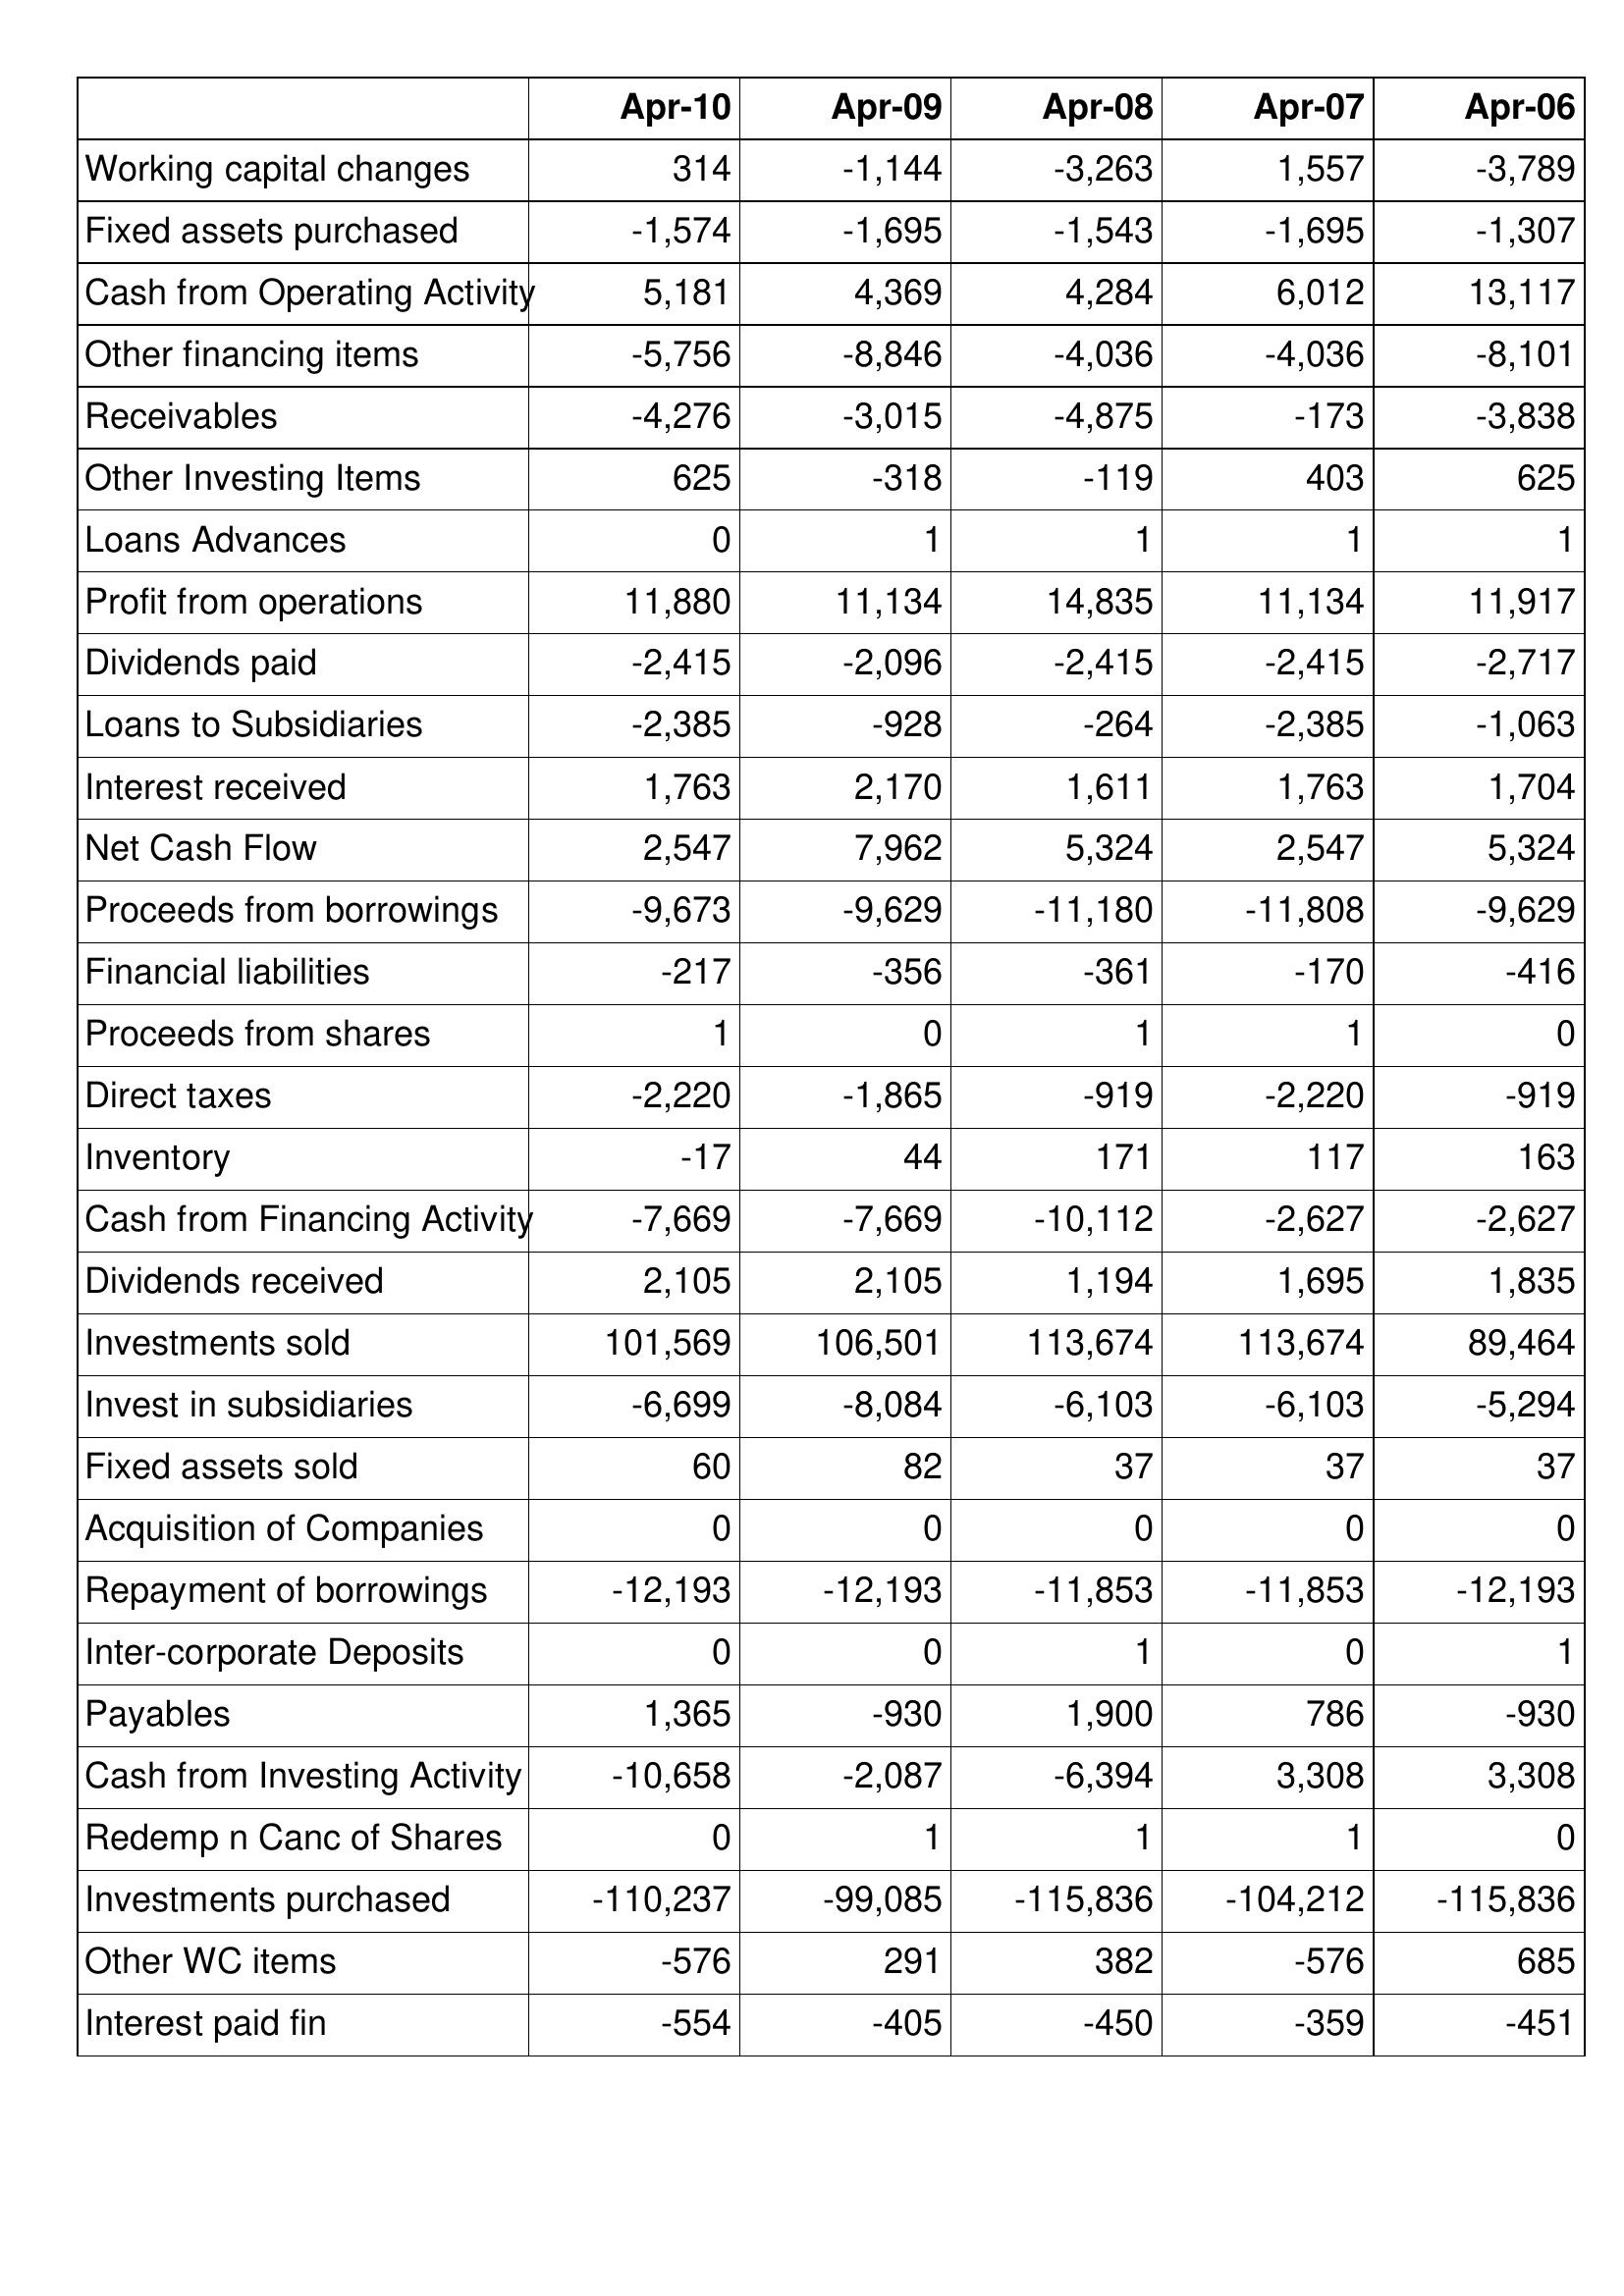
Apr-10: Cash Flows: Working capital changes: 314
Fixed assets purchased: -1,574
Cash from Operating Activity: 5,181
Other financing items: -5,756
Receivables: -4,276
Other Investing Items: 625
Loans Advances: 0
Profit from operations: 11,880
Dividends paid: -2,415
Loans to Subsidiaries: -2,385
Interest received: 1,763
Net Cash Flow: 2,547
Proceeds from borrowings: -9,673
Financial liabilities: -217
Proceeds from shares: 1
Direct taxes: -2,220
Inventory: -17
Cash from Financing Activity: -7,669
Dividends received: 2,105
Investments sold: 101,569
Invest in subsidiaries: -6,699
Fixed assets sold: 60
Acquisition of Companies: 0
Repayment of borrowings: -12,193
Inter-corporate Deposits: 0
Payables: 1,365
Cash from Investing Activity: -10,658
Redemp n Canc of Shares: 0
Investments purchased: -110,237
Other WC items: -576
Interest paid fin: -554
Apr-09: Cash Flows: Working capital changes: -1,144
Fixed assets purchased: -1,695
Cash from Operating Activity: 4,369
Other financing items: -8,846
Receivables: -3,015
Other Investing Items: -318
Loans Advances: 1
Profit from operations: 11,134
Dividends paid: -2,096
Loans to Subsidiaries: -928
Interest received: 2,170
Net Cash Flow: 7,962
Proceeds from borrowings: -9,629
Financial liabilities: -356
Proceeds from shares: 0
Direct taxes: -1,865
Inventory: 44
Cash from Financing Activity: -7,669
Dividends received: 2,105
Investments sold: 106,501
Invest in subsidiaries: -8,084
Fixed assets sold: 82
Acquisition of Companies: 0
Repayment of borrowings: -12,193
Inter-corporate Deposits: 0
Payables: -930
Cash from Investing Activity: -2,087
Redemp n Canc of Shares: 1
Investments purchased: -99,085
Other WC items: 291
Interest paid fin: -405
Apr-08: Cash Flows: Working capital changes: -3,263
Fixed assets purchased: -1,543
Cash from Operating Activity: 4,284
Other financing items: -4,036
Receivables: -4,875
Other Investing Items: -119
Loans Advances: 1
Profit from operations: 14,835
Dividends paid: -2,415
Loans to Subsidiaries: -264
Interest received: 1,611
Net Cash Flow: 5,324
Proceeds from borrowings: -11,180
Financial liabilities: -361
Proceeds from shares: 1
Direct taxes: -919
Inventory: 171
Cash from Financing Activity: -10,112
Dividends received: 1,194
Investments sold: 113,674
Invest in subsidiaries: -6,103
Fixed assets sold: 37
Acquisition of Companies: 0
Repayment of borrowings: -11,853
Inter-corporate Deposits: 1
Payables: 1,900
Cash from Investing Activity: -6,394
Redemp n Canc of Shares: 1
Investments purchased: -115,836
Other WC items: 382
Interest paid fin: -450
Apr-07: Cash Flows: Working capital changes: 1,557
Fixed assets purchased: -1,695
Cash from Operating Activity: 6,012
Other financing items: -4,036
Receivables: -173
Other Investing Items: 403
Loans Advances: 1
Profit from operations: 11,134
Dividends paid: -2,415
Loans to Subsidiaries: -2,385
Interest received: 1,763
Net Cash Flow: 2,547
Proceeds from borrowings: -11,808
Financial liabilities: -170
Proceeds from shares: 1
Direct taxes: -2,220
Inventory: 117
Cash from Financing Activity: -2,627
Dividends received: 1,695
Investments sold: 113,674
Invest in subsidiaries: -6,103
Fixed assets sold: 37
Acquisition of Companies: 0
Repayment of borrowings: -11,853
Inter-corporate Deposits: 0
Payables: 786
Cash from Investing Activity: 3,308
Redemp n Canc of Shares: 1
Investments purchased: -104,212
Other WC items: -576
Interest paid fin: -359
Apr-06: Cash Flows: Working capital changes: -3,789
Fixed assets purchased: -1,307
Cash from Operating Activity: 13,117
Other financing items: -8,101
Receivables: -3,838
Other Investing Items: 625
Loans Advances: 1
Profit from operations: 11,917
Dividends paid: -2,717
Loans to Subsidiaries: -1,063
Interest received: 1,704
Net Cash Flow: 5,324
Proceeds from borrowings: -9,629
Financial liabilities: -416
Proceeds from shares: 0
Direct taxes: -919
Inventory: 163
Cash from Financing Activity: -2,627
Dividends received: 1,835
Investments sold: 89,464
Invest in subsidiaries: -5,294
Fixed assets sold: 37
Acquisition of Companies: 0
Repayment of borrowings: -12,193
Inter-corporate Deposits: 1
Payables: -930
Cash from Investing Activity: 3,308
Redemp n Canc of Shares: 0
Investments purchased: -115,836
Other WC items: 685
Interest paid fin: -451